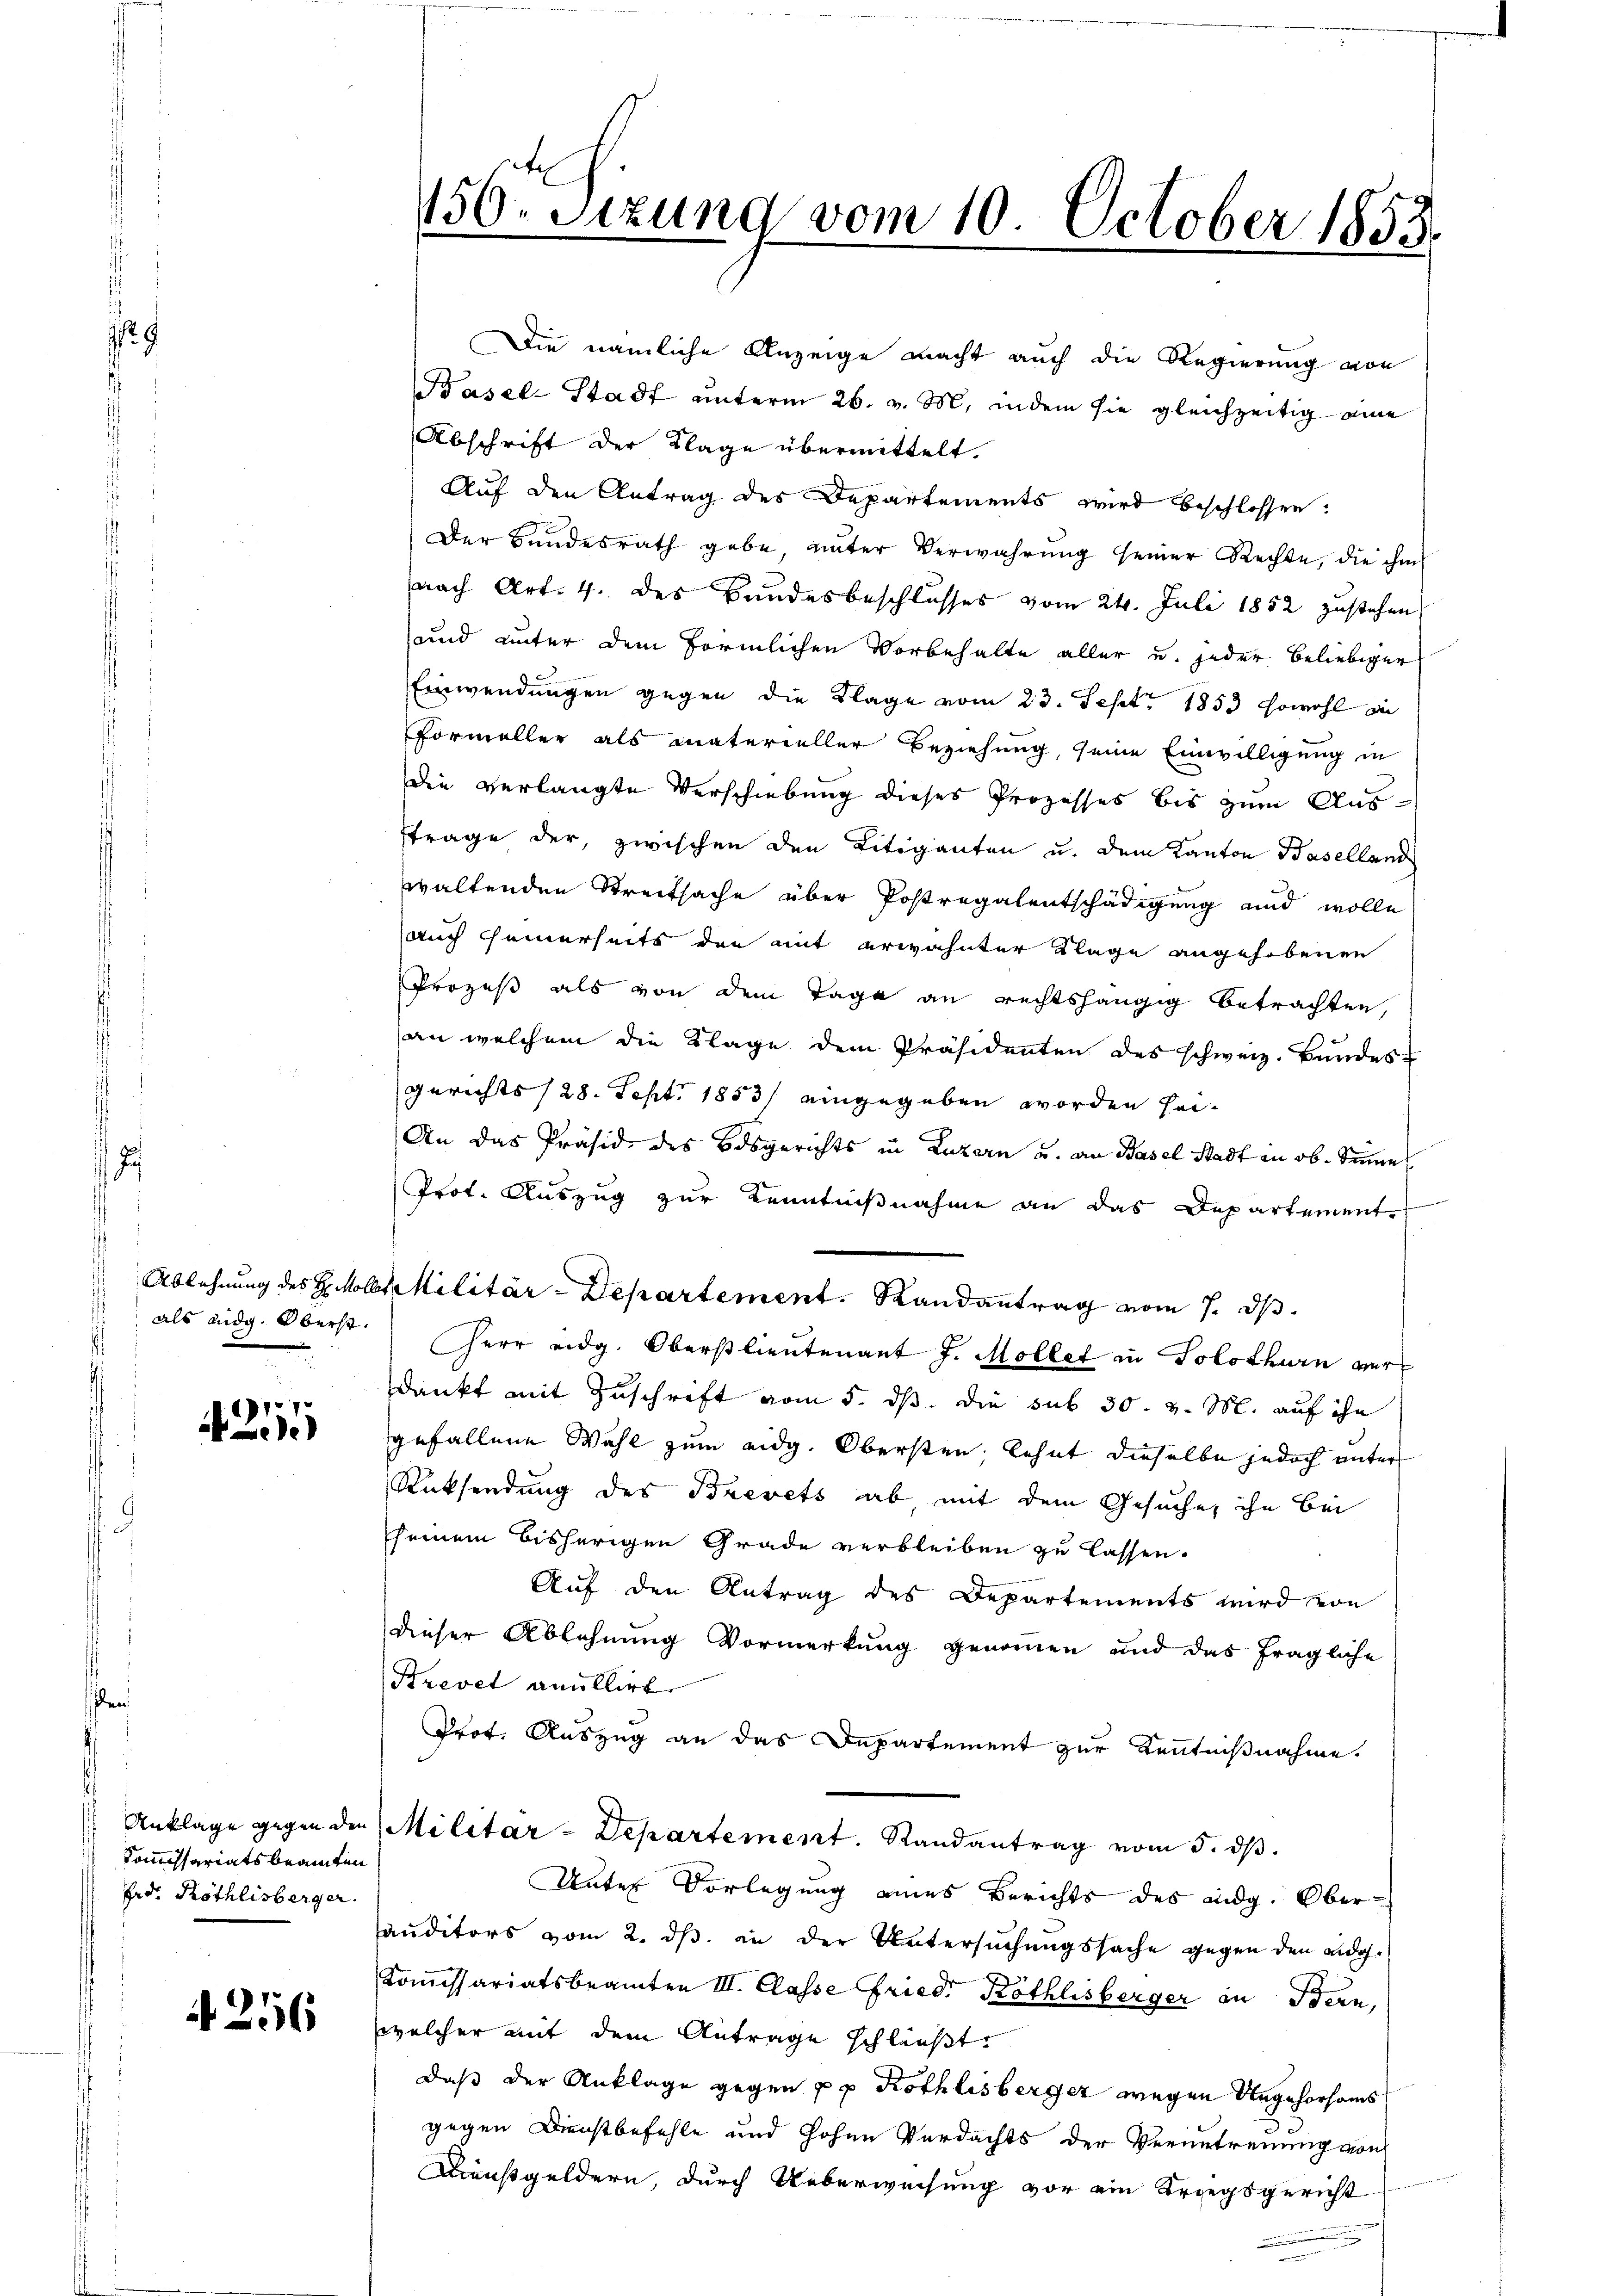
9

4211

d
Kommissariatsbeamten
Erd. Röthlisberger.

4256

150. Sitzung vom 10. October 1855.

Die nämliche Anzeige macht auch die Regierung von
Basel-Stadt unterm 26. v. M. indem sie gleichzeitig eine
Abschrift der Klage übermittelt.
Auf den Antrag des Departements wird beschlossen:
Der Bundesrath gebe unter Verwahrung seiner Rechte, die ihm
nach Art. 4. des Bundesbeschlusses vom 24. Juli 1852 zustehen,
und unter dem förmlichen Vorbehalte aller u. jeder beliebiger
Einwendungen gegen die Klage vom 23. Sept. 1853 sowohl in
Formeller als materieller Beziehung, seine Einwilligung in
Die verlangte Verschiebung dieses Prozesses bis zum Ausftrage der, zwischen den Litiganten u. dem Kanton Baselland
waltenden Streitsache über Postregalentschädigung und wolle
auch Feierseits der mit erwähnter Klage angehobenen
Prozeß als von dem Tage an rechtshängig betrachten,
an welchem die Klage dem Präsidenten des schweiz. Bundes
gerichts (28. Sept. 1853 eingegeben worden sei¬
An das Präsid des Bosgerichts in Luzern und an Basel Stadt in ob. Sinne
Prof. Auszug zur Kenntnißnahme an das Departement.
Ablehnung des H. Moll Militär-Departement. Randantrag vom 7. ds.
als eidg. Oberst Herr eidg. Oberstlieutenant J. Möllet in Solothurn verdankt mit Zuschrift vom 5. dß. die sub 30. v. M. auf ihn
gefallene Wahl zum eidg. Obersten, lehnt dieselbe jedoch unter
Rücksendung des Brevets ab, mit dem Gesuche, ihn bei
sseinem bisherigen Grade verbleiben zu lassen.
Auf den Antrag des Departements wird von
dieser Ablehnung Vormerkung genommen und das fragliche
Brevet anullirt
Prot. Auszug an das Departement zur Kenntnißnahme.
Anklage gegen den Militar-Departement. Randantrag vom 5. ds.
Unter Vorlegung eines Berichts des eidg. Obersäuditors vom 2. ds. in der Untersuchungssache gegen den eidg.
Kommissariatsbeamten III. Classe Fried. Röthlisberger in Bern,
welcher mit dem Antrage schließt:
daß der Anklage gegen pp. Kothlisberger wegen Angehorsams
gegen Dienstbefehle und hohen Verdachts der Verantreuung von
Dienstgeldern, durch Ueberweisung vor ein Kriegsgericht